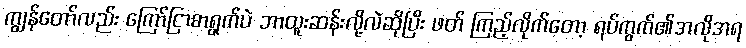
ကျွန်တော်လည်း ကြော်ငြာစာရွက်ပဲ ဘာထူးဆန်းလို့လဲဆိုပြီး ဖတ် ကြည့်လိုက်တော့ ရပ်ကွက်၏အလိုအရ